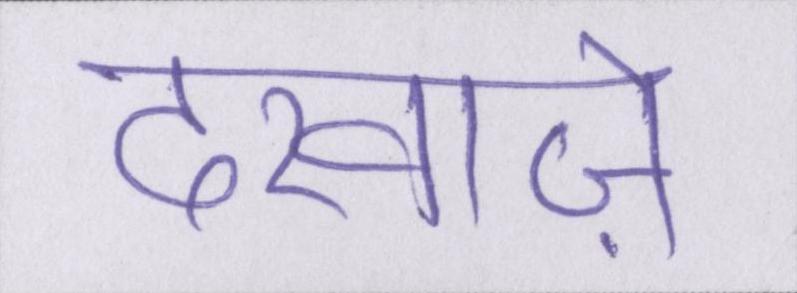
दरवाज़े